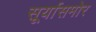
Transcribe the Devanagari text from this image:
सूर्यासमोर